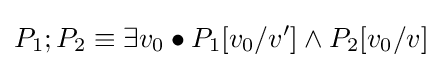
P_{1};P_{2}\equiv \exists v_{0}\bullet P_{1}[v_{0}/v']\land P_{2}[v_{0}/v]